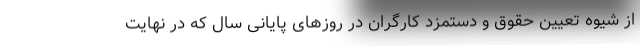
از شیوه تعیین حقوق و دستمزد کارگران در روزهای پایانی سال که در نهایت